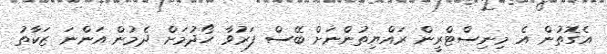
އެގޮތުން އެ މިނިސްޓްރީން ރައްޔިތުންނަށް ބޭސް ފަރުވާ ހޯދުމަށް ދެމުން އަންނަ ޒަކާތު